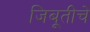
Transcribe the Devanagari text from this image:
जिबूतीचे